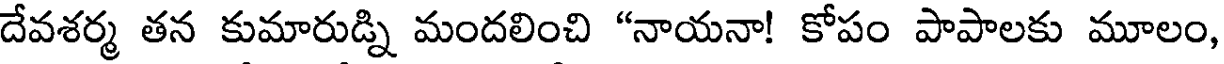
దేవశర్మ తన కుమారుడ్ని మందలించి "నాయనా! కోపం పాపాలకు మూలం,